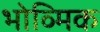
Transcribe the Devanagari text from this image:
भोव्मिक